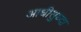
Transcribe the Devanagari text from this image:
आधीसुध्दा